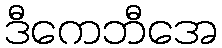
ဒီကေဘီအေ